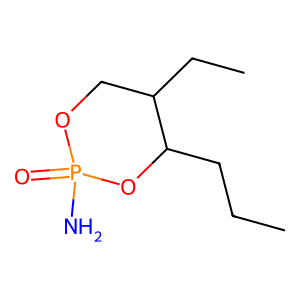
SMILES: CCCC1OP(N)(=O)OCC1CC
Inhibits HIV replication: No